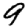
Digit: 9